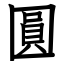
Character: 圓